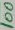
Text: 100